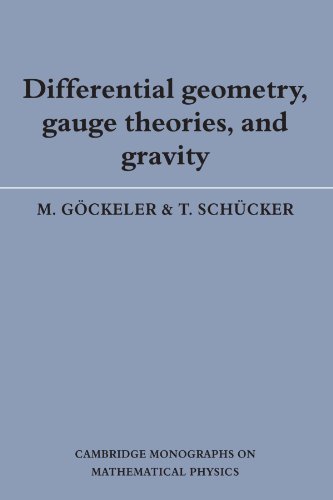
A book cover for Differential Geometry, Gauge Theories, and Gravity (Cambridge Monographs on Mathematical Physics); M. GÃ¶ckeler; Science & Math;